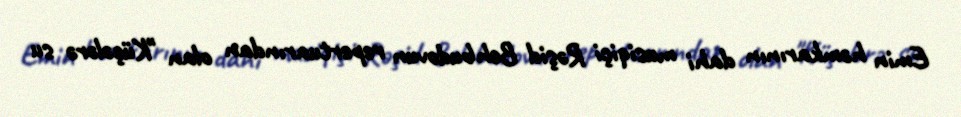
Emin həmkarının dahi musiqiçi Rəşid Behbudovun repertuarından olan "Küçələrə su